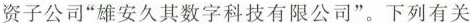
资子公司”雄安久其数字科技有限公司”。下列有关